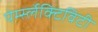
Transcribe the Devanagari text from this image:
पेर्म्स्लेक्टिविटी